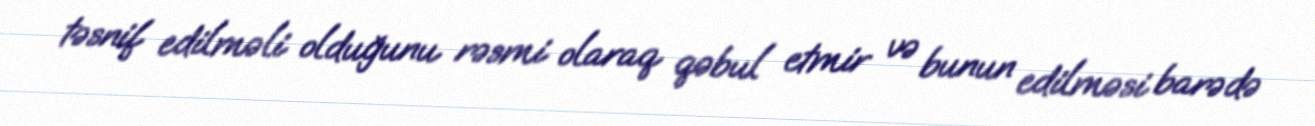
təsnif edilməli olduğunu rəsmi olaraq qəbul etmir və bunun edilməsi barədə